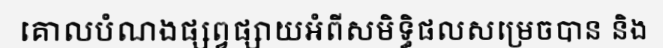
គោលបំណងផ្សព្វផ្សាយអំពីសមិទ្ធិផលសម្រេចបាន និង